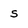
Character: s